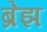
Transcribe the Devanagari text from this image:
ब्रेझ